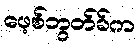
ဖေ့စ်ဘွတ်ခ်က